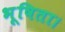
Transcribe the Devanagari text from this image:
भूषिता।